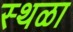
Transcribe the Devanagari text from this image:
स्थळा